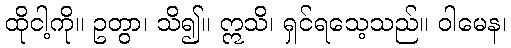
ထိုငါ့ကို။ ဥတွာ၊ သိ၍။ ဣသိ၊ ရှင်ရသေ့သည်။ ဝါမေန၊